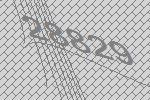
28829